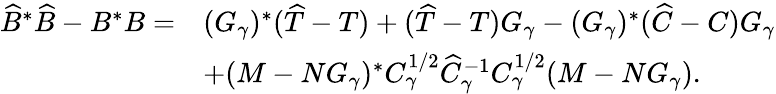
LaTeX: \begin{array}{rl}{\widehat{B}^{*}\widehat{B}-B^{*}B=}&{(G_{\gamma})^{*}(\widehat{T}-T)+(\widehat{T}-T)G_{\gamma}-(G_{\gamma})^{*}(\widehat{C}-C)G_{\gamma}}\\ &{+(M-NG_{\gamma})^{*}C_{\gamma}^{1/2}\widehat{C}_{\gamma}^{-1}C_{\gamma}^{1/2}(M-NG_{\gamma}).}\end{array}